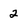
Character: 2